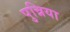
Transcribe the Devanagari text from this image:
पुन्निया